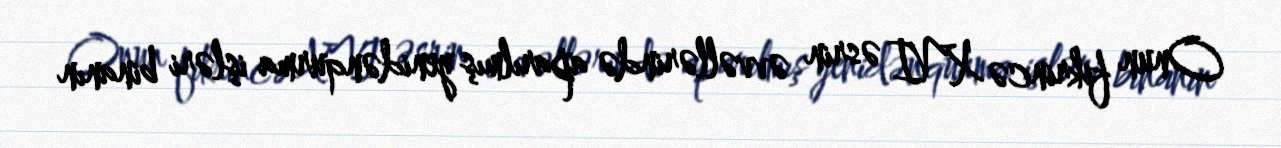
Onun fikrincə XVI əsrin əvvəllərində aparılmış yenidənqurma işləri binanın